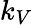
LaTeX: k_{V}